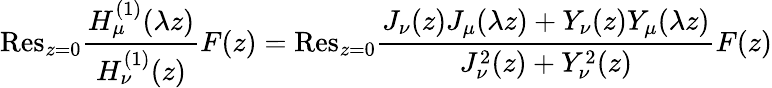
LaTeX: {\mathrm{Res}}_{z=0}\frac{H_{\mu}^{(1)}(\lambda z)}{H_{\nu}^{(1)}(z)}F(z)={\mathrm{Res}}_{z=0}\frac{J_{\nu}(z)J_{\mu}(\lambda z)+Y_{\nu}(z)Y_{\mu}(\lambda z)}{J_{\nu}^{2}(z)+Y_{\nu}^{2}(z)}F(z)